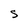
Character: S